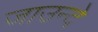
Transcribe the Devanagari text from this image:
जाउन्दे